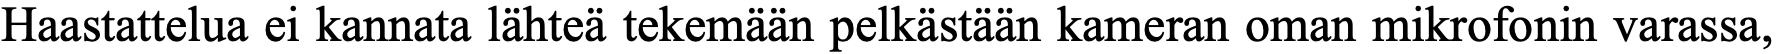
Haastattelua ei kannata lähteä tekemään pelkästään kameran oman mikrofonin varassa,